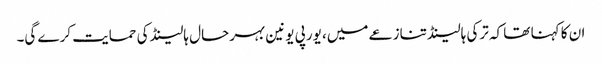
ان کا کہنا تھا کہ ترکی ہالینڈ تنازعے میں، یورپی یونین بہرحال ہالینڈ کی حمایت کرے گی۔